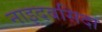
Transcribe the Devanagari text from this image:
नाइदबसिदा